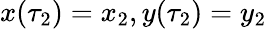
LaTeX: x(\tau_{2})=x_{2},y(\tau_{2})=y_{2}